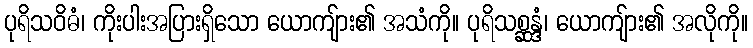
ပုရိသဝိဓံ၊ ကိုးပါးအပြားရှိသော ယောကျ်ား၏ အသံကို။ ပုရိသစ္ဆန္ဒံ၊ ယောကျ်ား၏ အလိုကို။